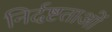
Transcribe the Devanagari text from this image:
निर्दष्टताओं